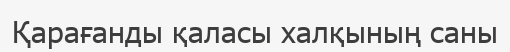
Қарағанды қаласы халқының саны